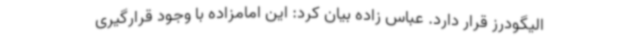
الیگودرز قرار دارد. عباس زاده بیان کرد: این امامزاده با وجود قرارگیری